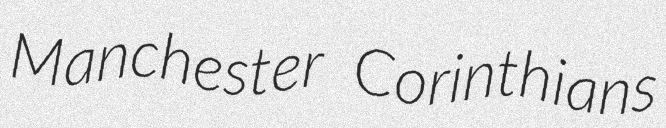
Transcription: Manchester Corinthians